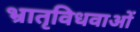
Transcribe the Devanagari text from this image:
भ्रातृविधवाओं